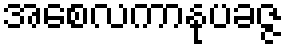
အစေလကာနုပခဇ္ဇ